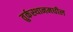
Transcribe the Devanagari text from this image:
तुर्कस्थानमधील